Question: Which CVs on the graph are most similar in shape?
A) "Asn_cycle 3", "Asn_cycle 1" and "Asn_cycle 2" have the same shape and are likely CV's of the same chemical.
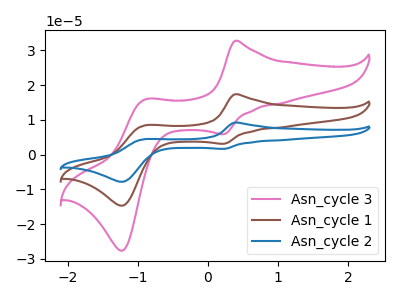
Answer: <think>The pink curve "Asn_cycle 3" has anodic peaks at (0.40V, 32.75uA) (-0.90V, 15.90uA) and cathodic peaks at (0.25V, 5.90uA) (-1.20V, -27.60uA). The brown curve "Asn_cycle 1" has anodic peaks at (0.40V, 17.40uA) (-0.90V, 8.45uA) and cathodic peaks at (0.25V, 3.15uA) (-1.20V, -14.65uA). The blue curve "Asn_cycle 2" has anodic peaks at (0.40V, 34.80uA) (-0.90V, 16.90uA) and cathodic peaks at (0.25V, 6.25uA) (-1.20V, -29.30uA).
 All the peaks in "Asn_cycle 3" have a peak in "Asn_cycle 1" at the same potential. All the peaks in "Asn_cycle 3" have a peak in "Asn_cycle 2" at the same potential. All the peaks in "Asn_cycle 1" have a peak in "Asn_cycle 2" at the same potential.</think>
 <answer>A) "Asn_cycle 3", "Asn_cycle 1" and "Asn_cycle 2" have the same shape and are likely CV's of the same chemical.</answer>
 <eval>A</eval>